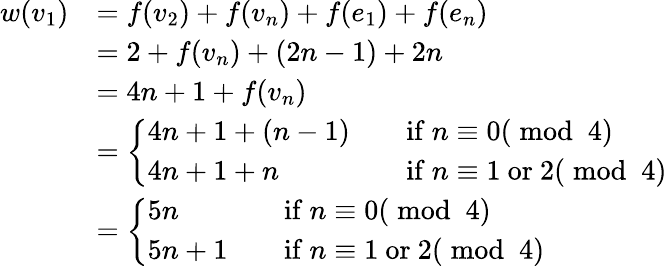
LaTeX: \begin{array}{rl}{w(v_{1})}&{=f(v_{2})+f(v_{n})+f(e_{1})+f(e_{n})}\\ &{=2+f(v_{n})+(2n-1)+2n}\\ &{=4n+1+f(v_{n})}\\ &{=\left\{ \begin{array}{ll}{4n+1+(n-1)\quad}&{\mathrm{if~}n\equiv 0(\bmod~4)}\\ {4n+1+n\quad}&{\mathrm{if~}n\equiv 1\mathrm{~or~}2(\bmod~4)}\end{array}\right.}\\ &{=\left\{ \begin{array}{ll}{5n\quad}&{\mathrm{if~}n\equiv 0(\bmod~4)}\\ {5n+1\quad}&{\mathrm{if~}n\equiv 1\mathrm{~or~}2(\bmod~4)}\end{array}\right.}\end{array}